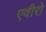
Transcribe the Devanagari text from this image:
एवीरो